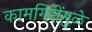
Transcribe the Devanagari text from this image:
कामगिरींमुळे